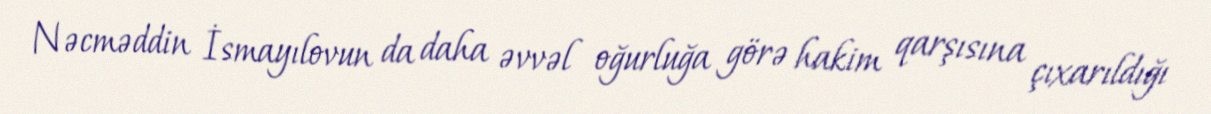
Nəcməddin İsmayılovun da daha əvvəl oğurluğa görə hakim qarşısına çıxarıldığı